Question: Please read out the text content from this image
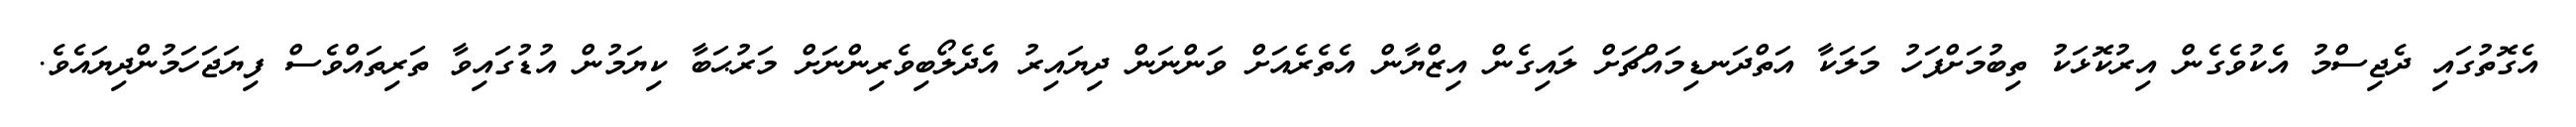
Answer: އެގޮތުގައި ދެޖިސްމު އެކުވެގެން އިރުކޮޅަކު ތިބުމަށްފަހު މަލަކާ އަތްދަނޑިމައްޗަށް ލައިގެން އިޒްޔާން އެތެރެއަށް ވަންނަން ދިޔައިރު އެދެލޯބިވެރިންނަށް މަރުޙަބާ ކިޔަމުން އުޑުގައިވާ ތަރިތައްވެސް ފިޔަޖަހަމުންދިޔައެވެ.